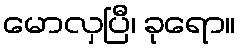
မောလှပြီ၊ ခုရော။